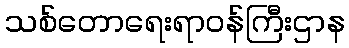
သစ်တောရေးရာဝန်ကြီးဌာန